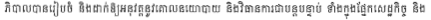
ភិបាលបានរៀបចំ និងដាក់ឱ្យអនុវត្តនូវគោលនយោបាយ និងវិធានការជាបន្តបន្ទាប់ ទាំងក្នុងផ្នែកសេដ្ឋកិច្ច និង